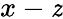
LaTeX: x-\mathit{z}